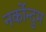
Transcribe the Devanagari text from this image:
नर्कोन्दुम